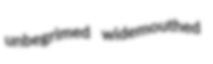
unbegrimed widemouthed